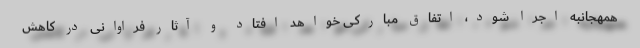
همهجانبه اجرا شود، اتفاق مبارکی خواهد افتاد و آثار فراوانی در کاهش